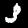
Label: 3